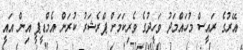
އޭރުގެ ރައީސް މުހައްމަދު ވަހީދުގެ ވެރިކަމަށް ޕްރެޝަރު ކުރަން އެމްޑީޕީ އިން އައީ